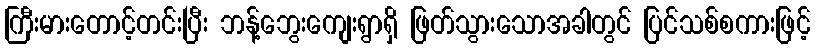
ကြီးမားတောင့်တင်းပြီး ဘန့်ဘွေးကျေးရွာရှိ ဖြတ်သွားသောအခါတွင် ပြင်သစ်စကားဖြင့်